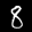
Label: 8